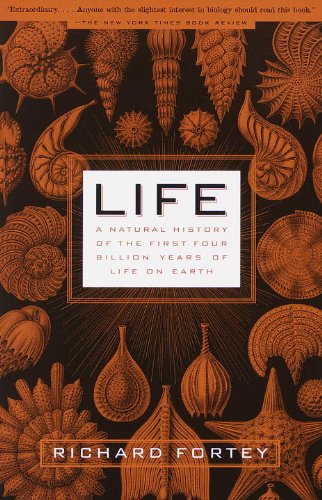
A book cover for Life: A Natural History of the First Four Billion Years of Life on Earth; Richard Fortey; Science & Math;